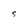
Character: S